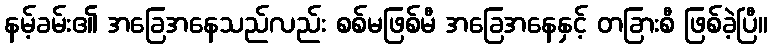
နမ့်ခမ်း၏ အခြေအနေသည်လည်း စစ်မဖြစ်မီ အခြေအနေနှင့် တခြားစီ ဖြစ်ခဲ့ပြီ။